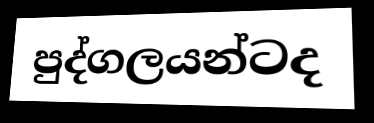
පුද්ගලයන්ටද